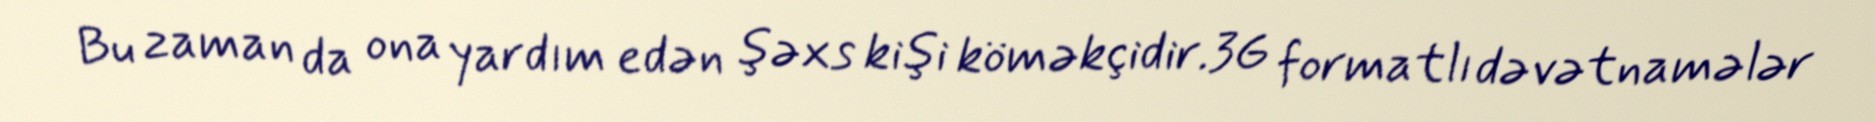
Bu zaman da ona yardım edən şəxs kişi köməkçidir.3G formatlı dəvətnamələr